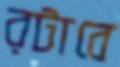
রটাবে